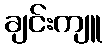
ချင်းကျူ